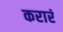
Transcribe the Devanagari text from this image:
करारं